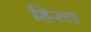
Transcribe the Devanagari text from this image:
हिरल